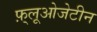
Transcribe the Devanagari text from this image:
फ़्लूओजेटीन